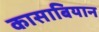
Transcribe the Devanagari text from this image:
कासाबियान